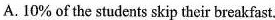
A. 10\% of the students skip their breakfast.